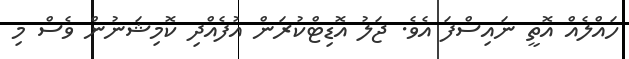
ހައްލެއް އޮތީ ނައިސްފަ އެވެ. ޖަލު އޮޑިޓްކުރަން އުފެއްދި ކޮމިޝަނުން ވެސް މި